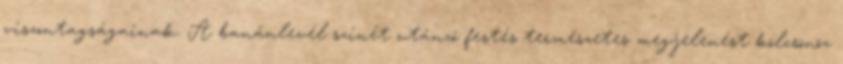
viszontagságainak. A banánlevél színét utánzó festés természetes megjelenést kölcsönöz